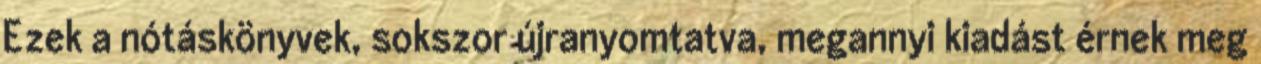
Ezek a nótáskönyvek, sokszor újranyomtatva, megannyi kiadást érnek meg